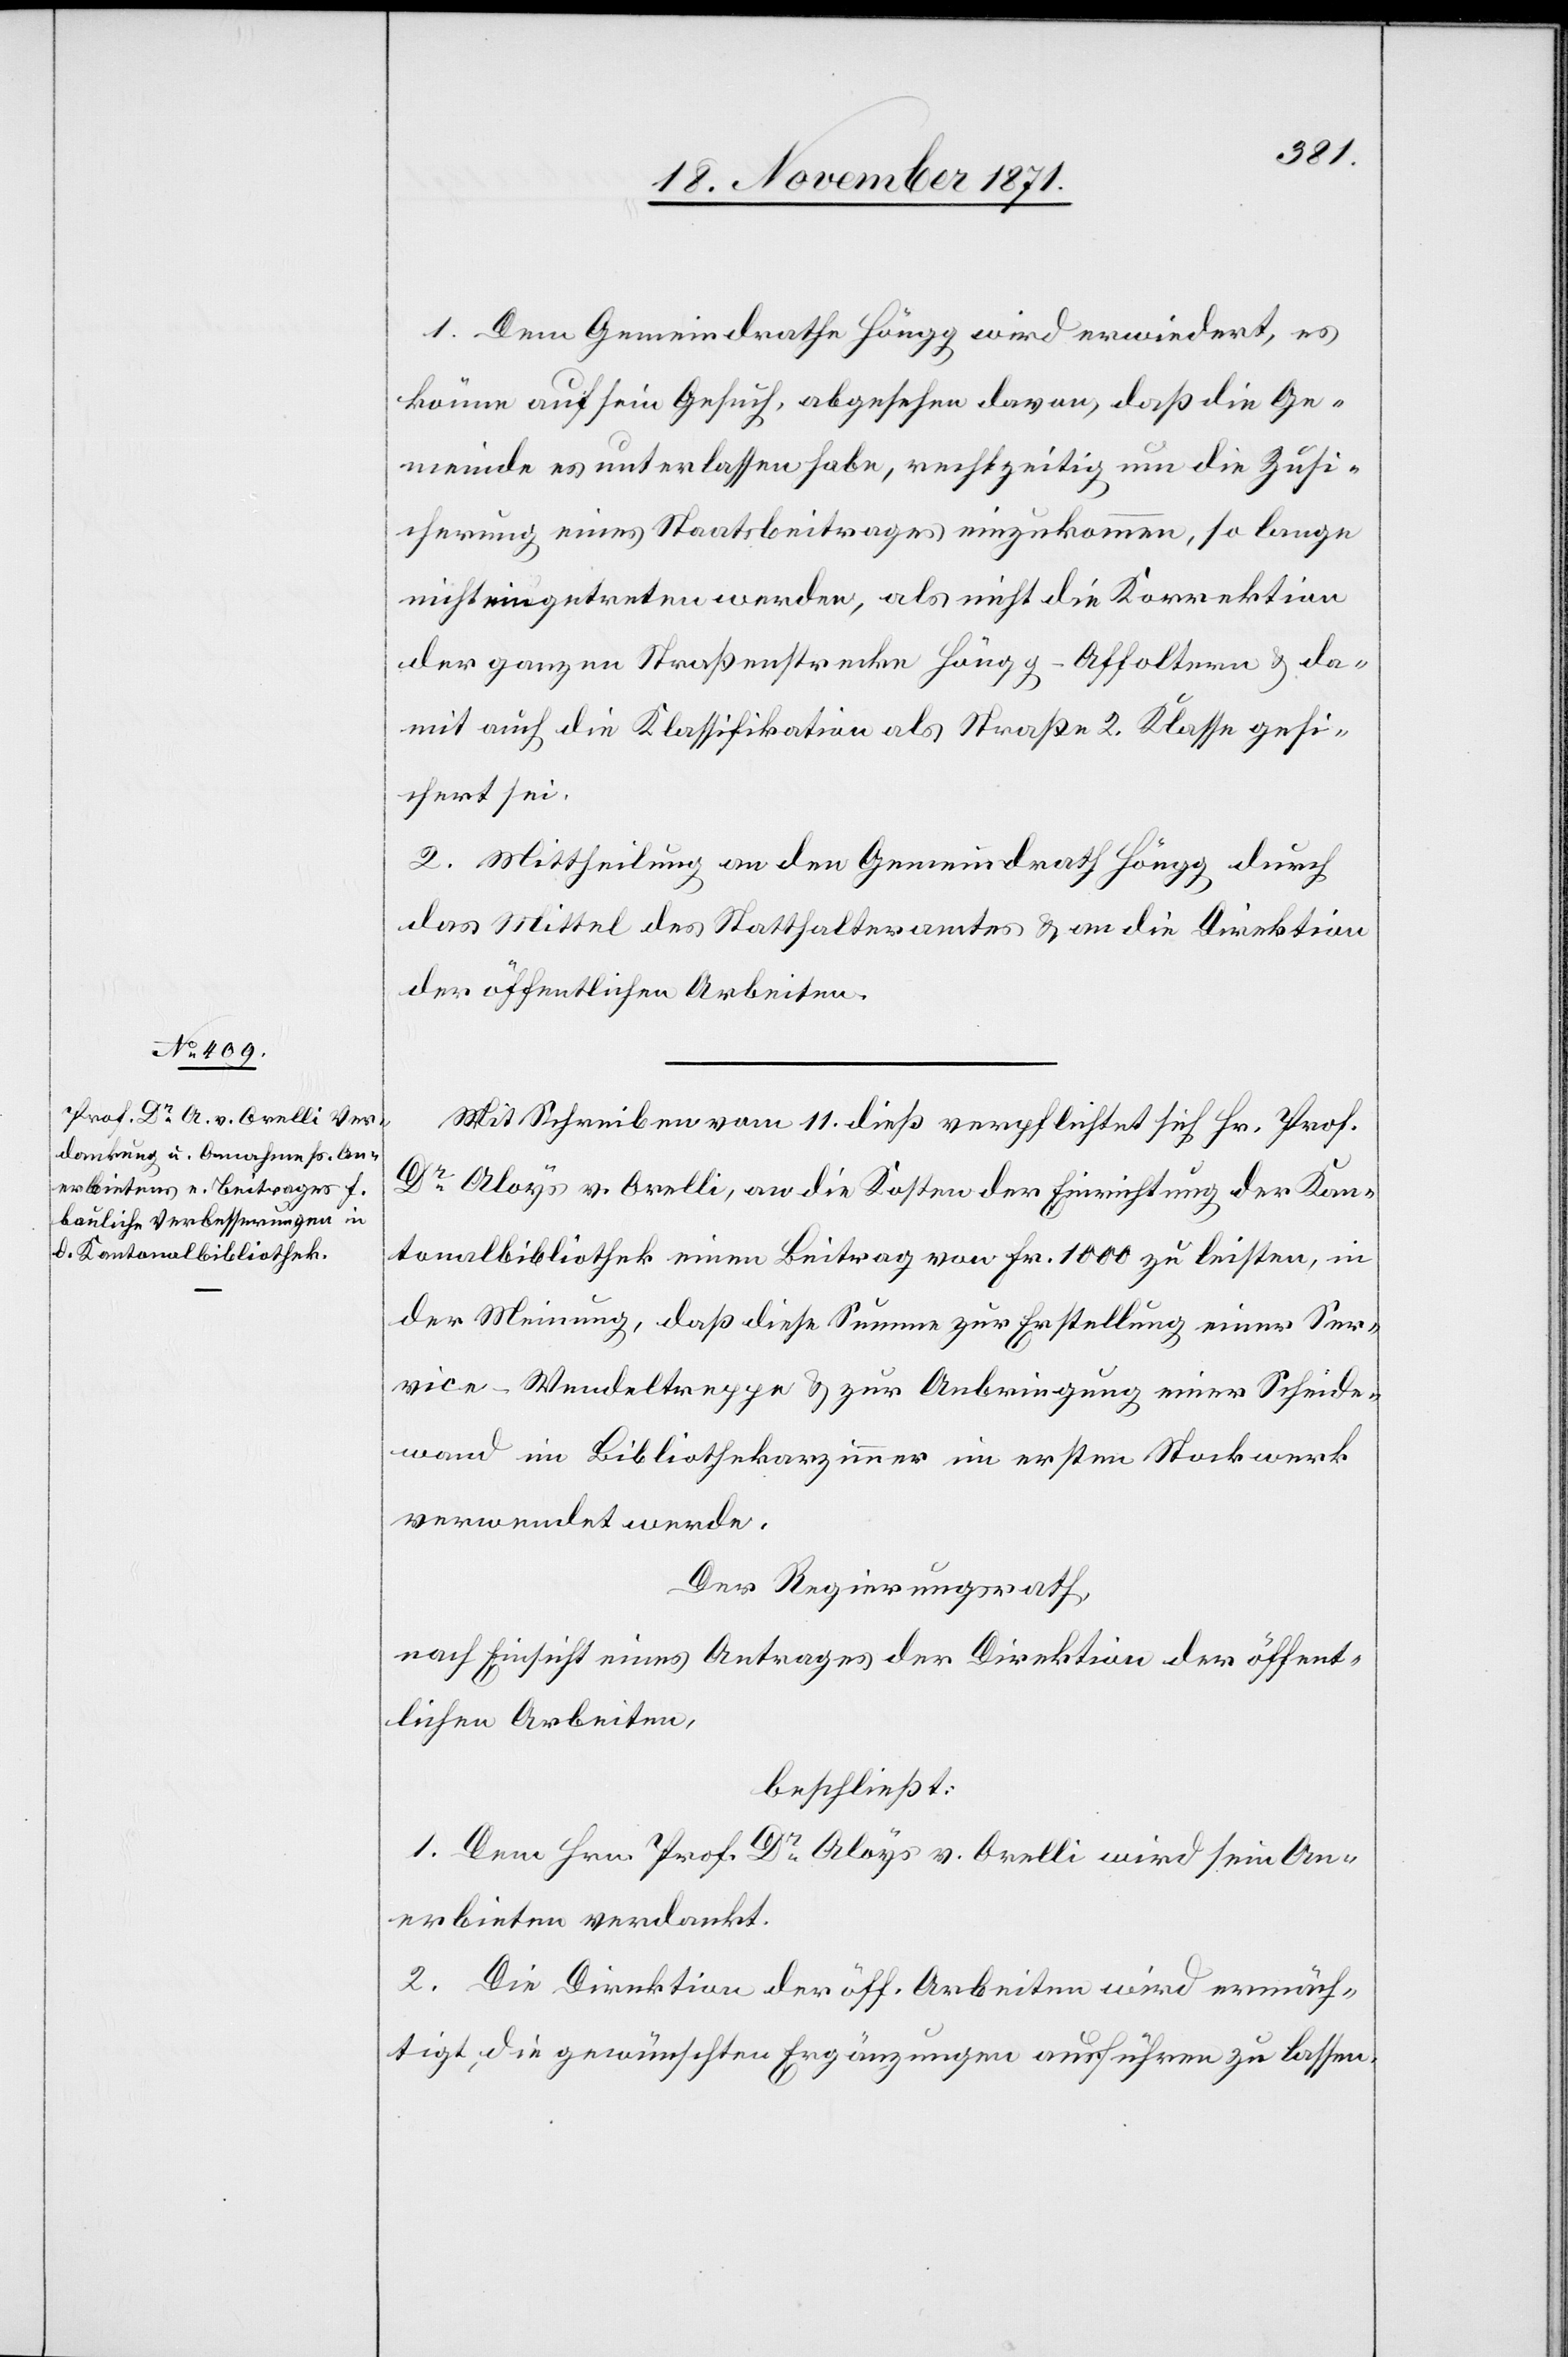
1. Dem Gemeindrathe Höngg wird erwiedert, es
könne auf sein Gesuch, abgesehen davon, daß die Ge¬
meinde es unterlassen habe, rechtzeitig um die Zusi¬
cherung eines Staatsbeitrages einzukommen, so lange
nicht eingetreten werden, als nicht die Korrektion
der ganzen Straßenstrecke Höngg–Affoltern & da¬
mit auch die Klassifikation als Straße 2. Klasse gesi¬
chert sei.
2. Mittheilung an den Gemeindrath Höngg durch
das Mittel des Statthalteramtes & an die Direktion
der öffentlichen Arbeiten.
Mit Schreiben vom 11. dieß verpflichtet sich Hr. Prof.
Dr. Aloys v. Orelli, an die Kosten der Einrichtung der Kan¬
tonalbibliothek einen Beitrag von Fr. 1000 zu leisten, in
der Meinung, daß diese Summe zur Erstellung einer Ser¬
vice-Wendeltreppe & zur Anbringung einer Scheide¬
wand im Bibliothekarzimmer im ersten Stockwerk
verwendet werde.
Der Regierungsrath,
nach Einsicht eines Antrages der Direktion der öffent¬
lichen Arbeiten,
beschließt:
1. Dem Hrn. Prof. Dr Aloys v. Orelli wird sein An¬
erbieten verdankt.
2. Die Direktion der öff. Arbeiten wird ermäch¬
tigt, die gewünschten Ergänzungen ausführen zu lassen.